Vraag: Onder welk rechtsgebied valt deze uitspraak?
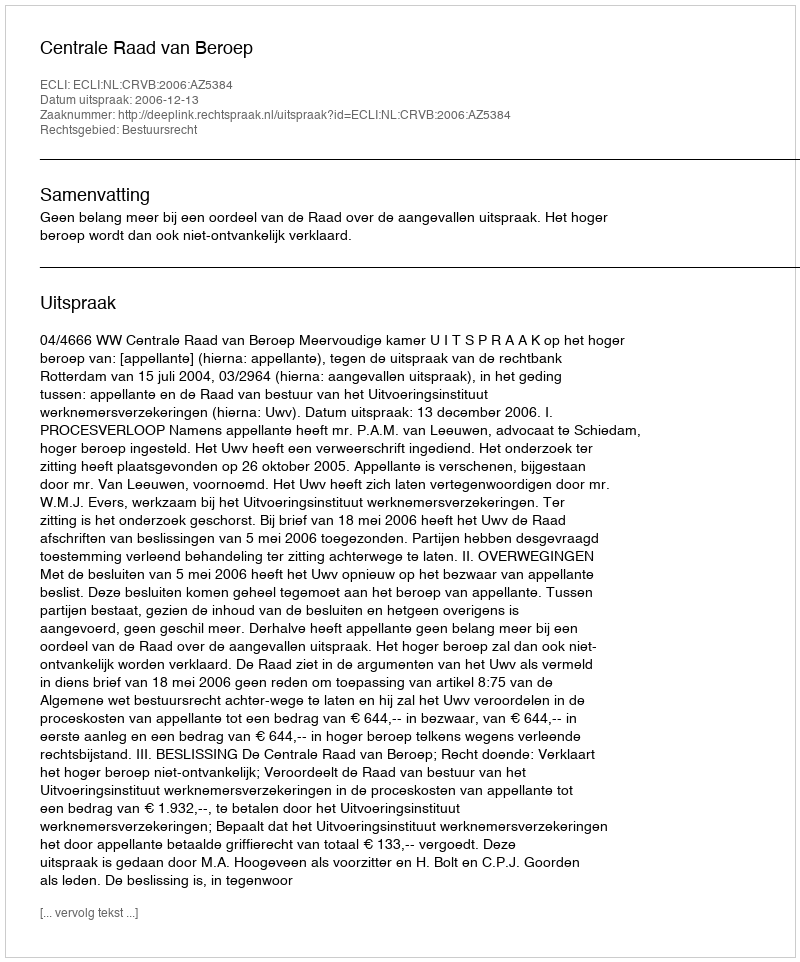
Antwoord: Bestuursrecht